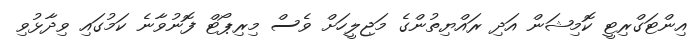
އިންޓަގްރިޓީ ކޮމިޝަން އަދި ރައްޔިތުންގެ މަޖިލީހަށް ވެސް މިރިޕޯޓް ފޮނުވާނެ ކަމުގައި ވިދާޅުވި